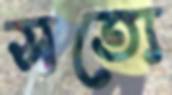
সত্যে